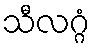
သီလဂ္ဂံ